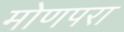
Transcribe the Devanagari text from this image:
मोणपरा